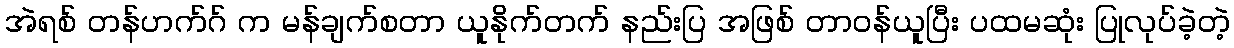
အဲရစ် တန်ဟက်ဂ် က မန်ချက်စတာ ယူနိုက်တက် နည်းပြ အဖြစ် တာဝန်ယူပြီး ပထမဆုံး ပြုလုပ်ခဲ့တဲ့